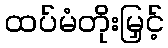
ထပ်မံတိုးမြှင့်